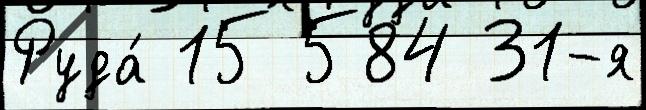
Руда́ 15 584 31-я